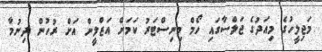
މަޖިލީހުގެ މިއަދުގެ ޖަލްސާގައި ހޯމް މިނިސްޓަރު ކަމަށް އަޒްލީން އަށް ރުހުން ދިނުމާ